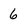
Character: 6